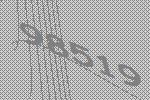
98519